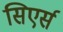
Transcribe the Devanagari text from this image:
सिएर्स